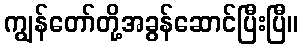
ကျွန်တော်တို့အခွန်ဆောင်ပြီးပြီ။